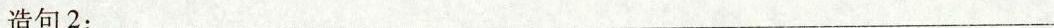
造句2：___